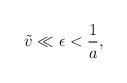
LaTeX: \begin{align*}\tilde v\ll\epsilon<{1\over a},\end{align*}